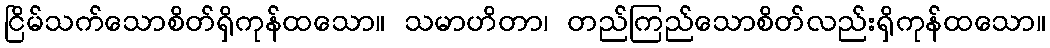
ငြိမ်သက်သောစိတ်ရှိကုန်ထသော။ သမာဟိတာ၊ တည်ကြည်သောစိတ်လည်းရှိကုန်ထသော။